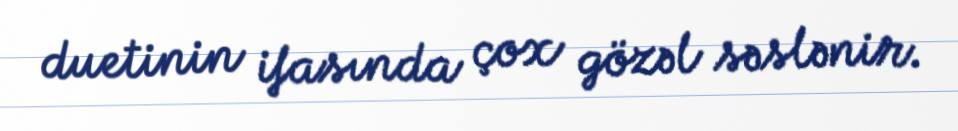
duetinin ifasında çox gözəl səslənir.